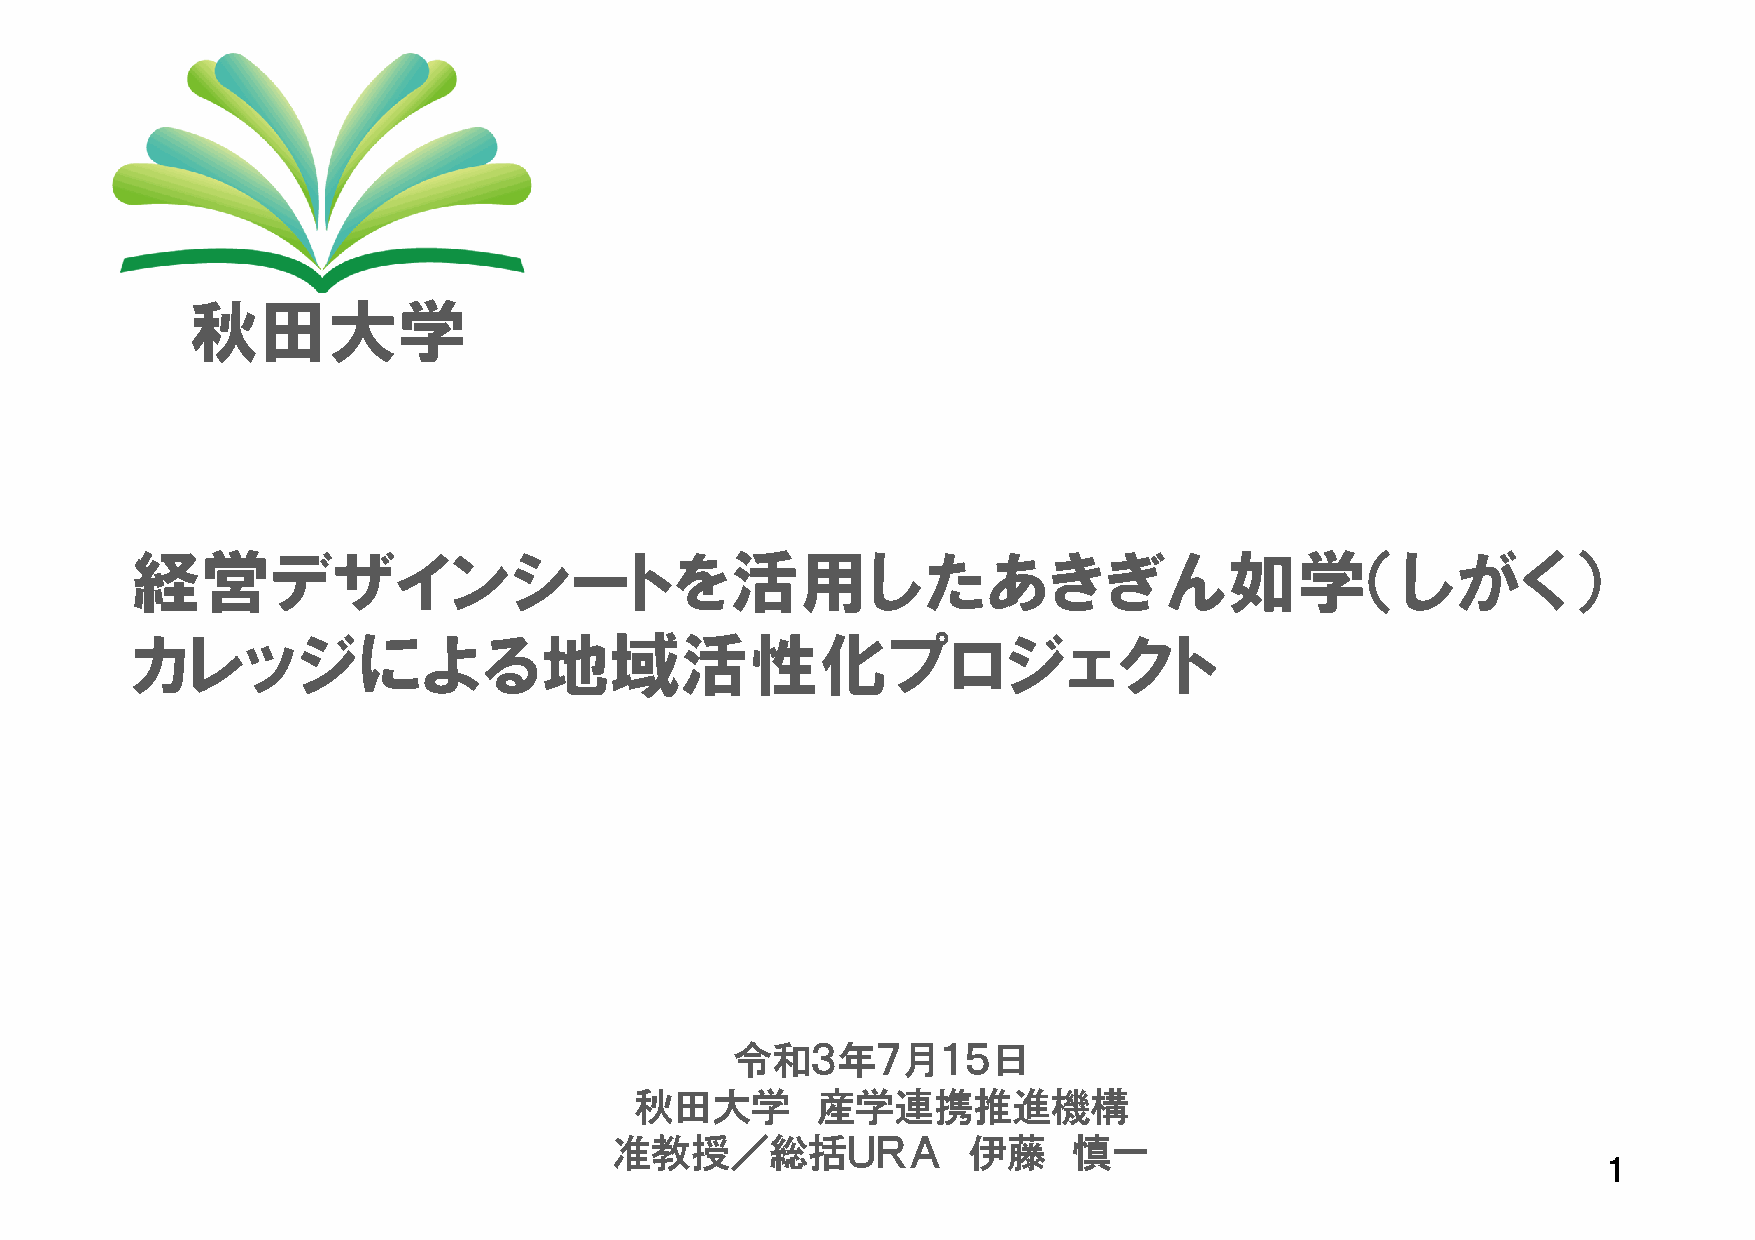
秋田大学
 経営デザインシートを活用したあきぎん如学（しがく）
 カレッジによる地域活性化プロジェクト
 令和３年７月１５日
 秋田大学        産学連携推進機構
 准教授／総括ＵＲＡ              伊藤     慎一
 1